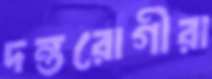
দন্তরোগীরা